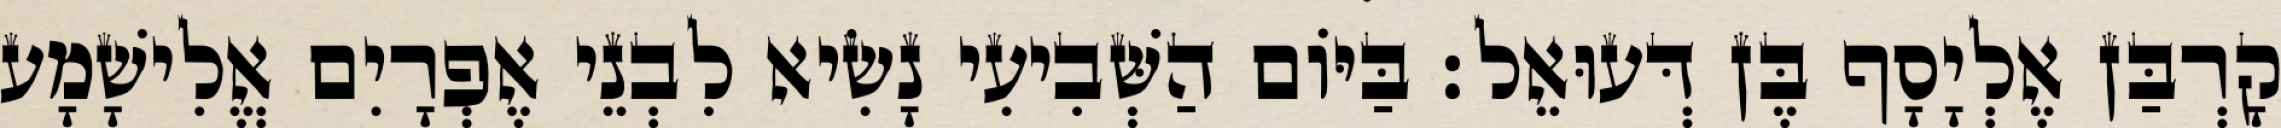
קָרְבַּן אֶלְיָסָף בֶּן דְּעוּאֵל׃ בַּיּוֹם הַשְּׁבִיעִי נָשִׂיא לִבְנֵי אֶפְרָיִם אֱלִישָׁמָע